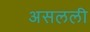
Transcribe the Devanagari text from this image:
असलली